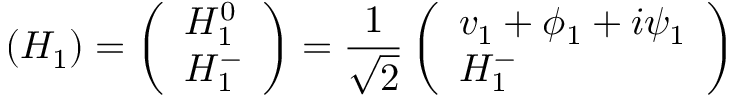
( H _ { 1 } ) = \left( \begin{array} { l } { { H _ { 1 } ^ { 0 } } } \\ { { H _ { 1 } ^ { - } } } \end{array} \right) = \frac { 1 } { \sqrt 2 } \left( \begin{array} { l } { { v _ { 1 } + \phi _ { 1 } + i \psi _ { 1 } } } \\ { { H _ { 1 } ^ { - } } } \end{array} \right)